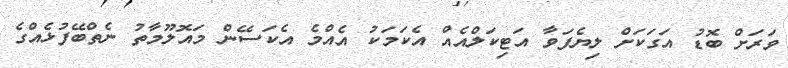
ވަރަށް ބޮޑު އަގަކަށް ލިޔެފަވާ އަޓިކަލްއެއް އެކަމަކު އެއްމެ އެކަސޭން މައޮލޫމާތު ނެތްބޭފުޅެއްގެ